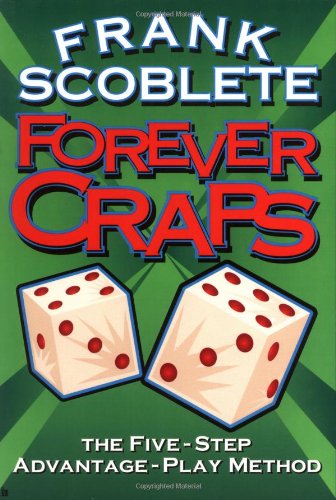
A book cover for Forever Craps; Frank Scoblete; Humor & Entertainment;